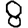
Digit: 8